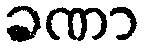
ခဏာ